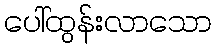
ပေါ်ထွန်းလာသော